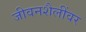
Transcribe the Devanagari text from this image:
जीवनशैलींवर